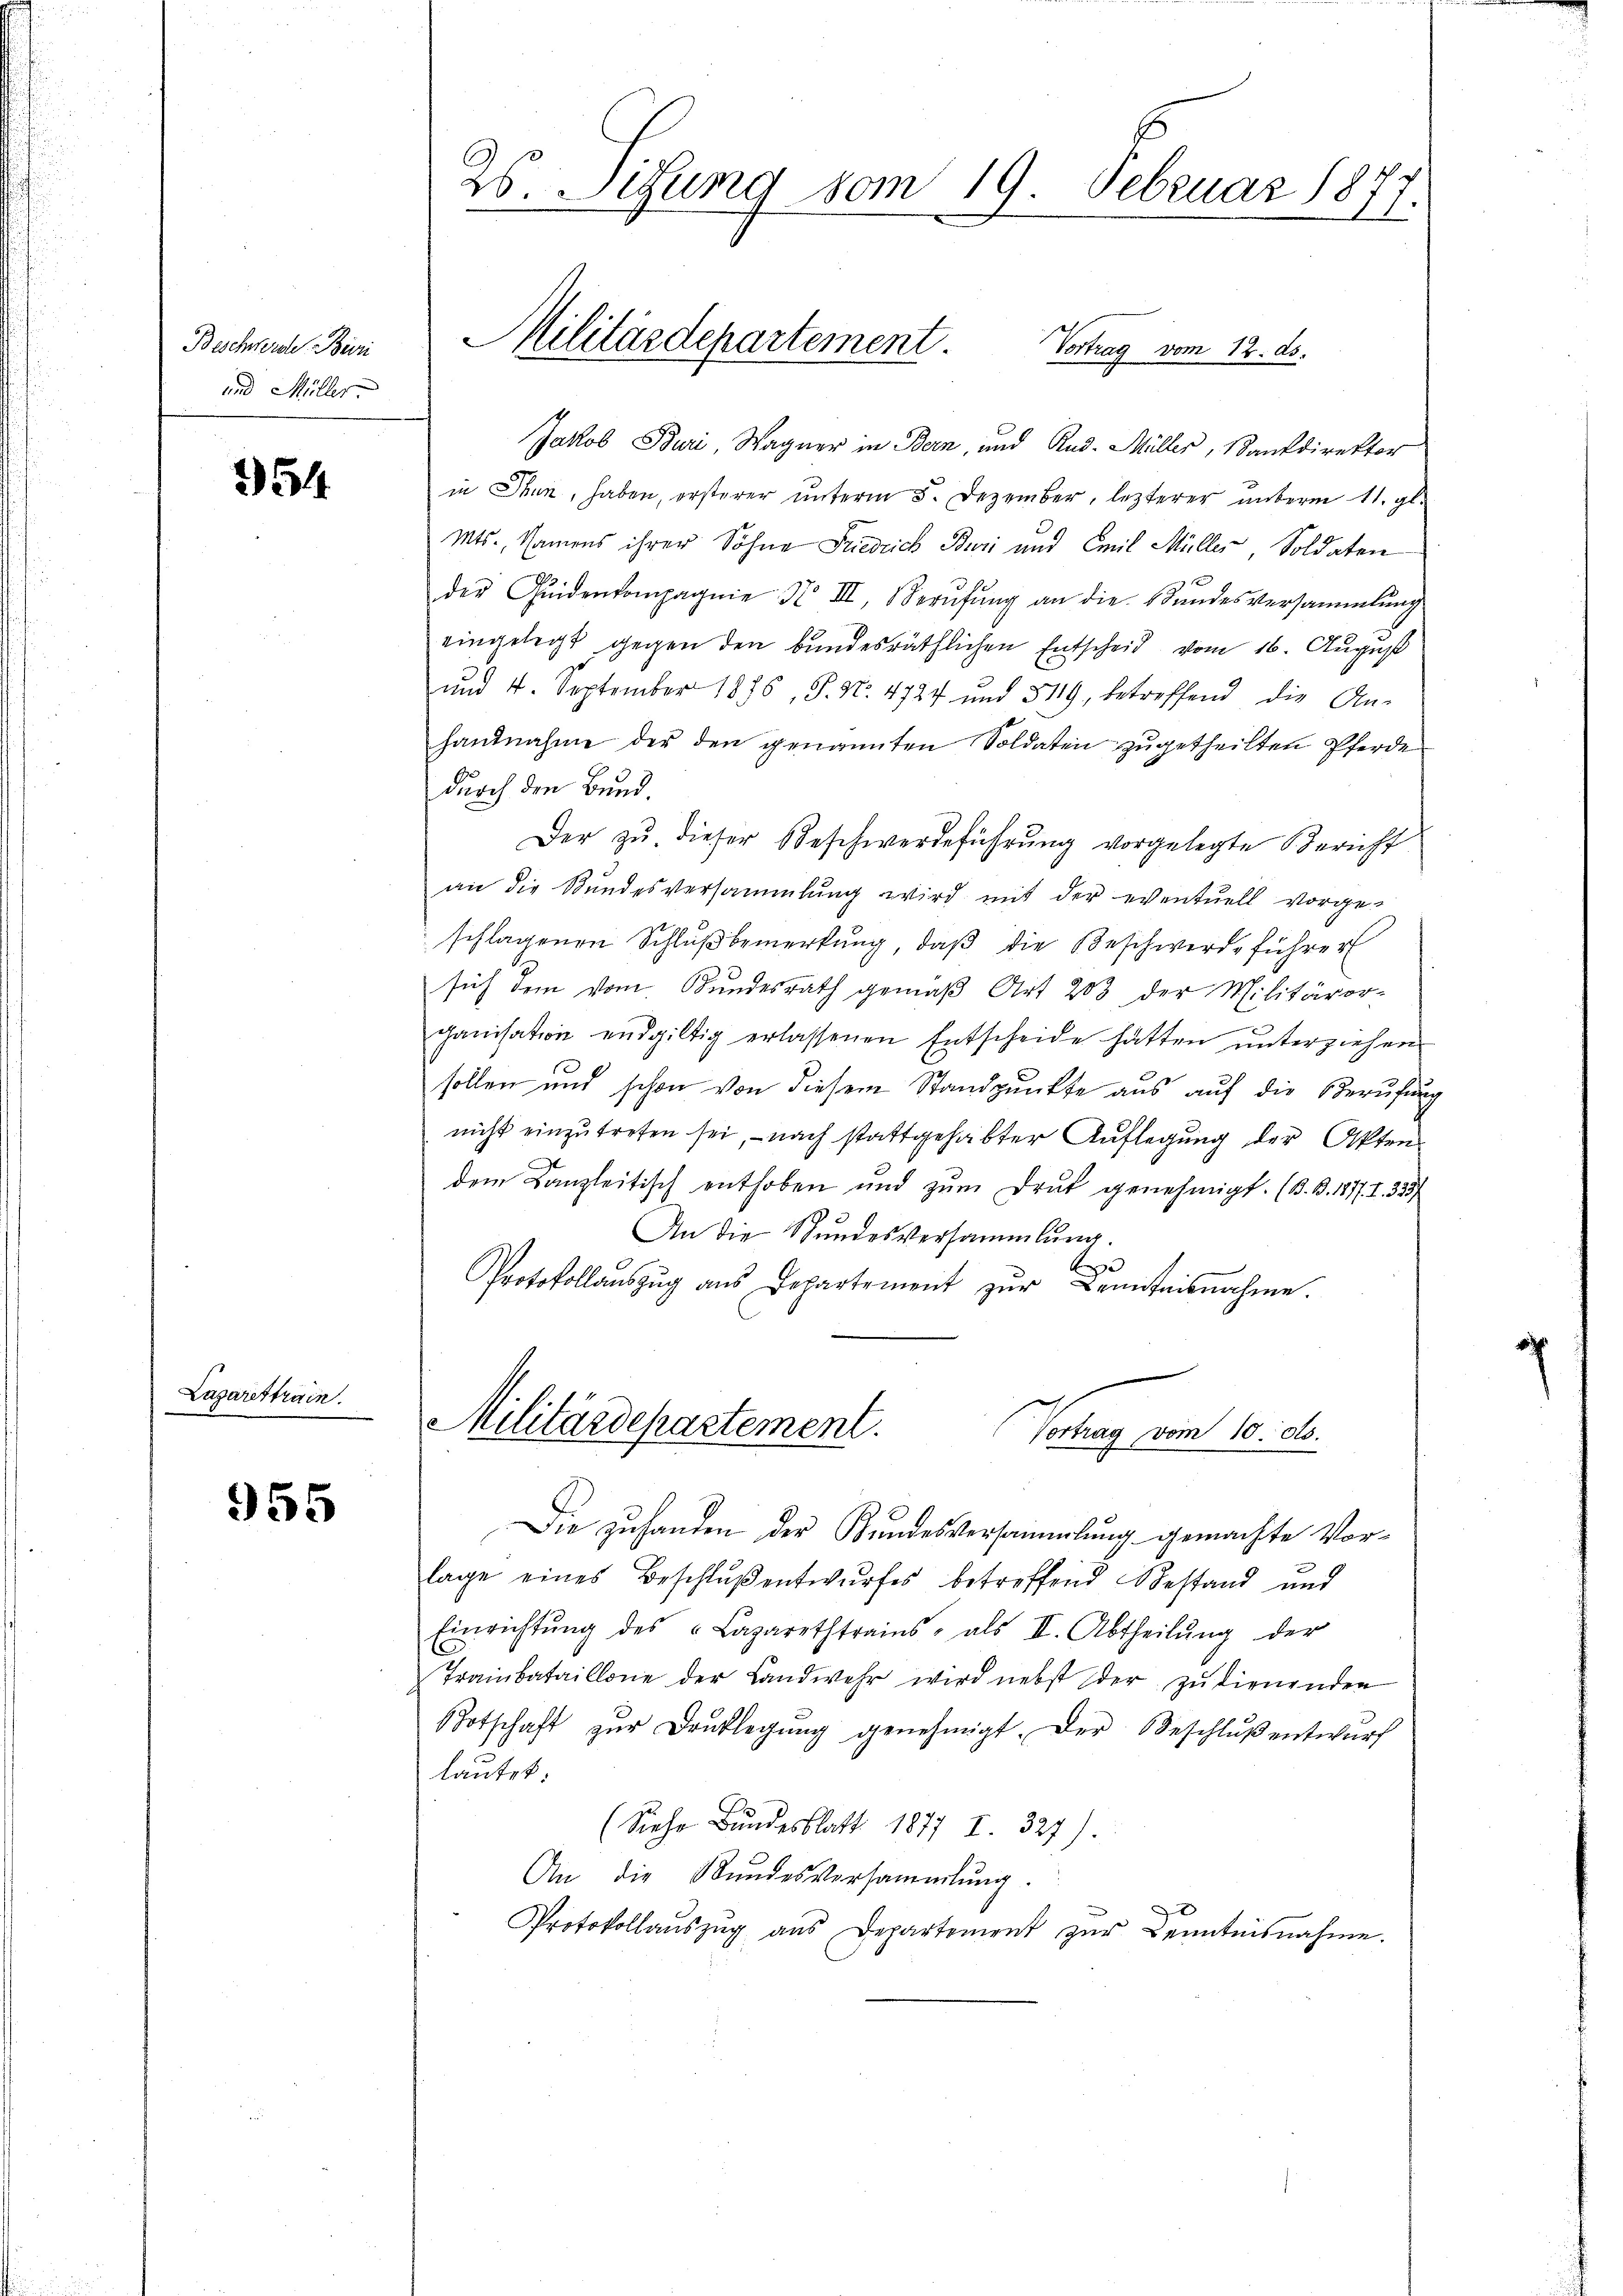
Beschwerde Beri
und Müller

354

Lazarettrain.

955

Jakob Buri, Wagner in Bern, und Rud. Müller, Bankdirektor
in Thun, haben, ersterer ŭnterm 5. Dezember, lezterer ŭnterm 11. gl.
Mts., Namens ihrer Sohne Friedrich Buri und Emil Müller, Soldaten
der Quidenkompagnie 3 III, Berŭfŭng an die Bundesversammlung
eingelegt gegen den bundesräthlichen Entscheid vom 16. August
und 4. September 1886, P. Nr. 4727 und 319, betreffend die An-
handnahme der den genannten Soldaten zugetheilten Pferde
durch den Bund.
Der zŭ dieser Beschwerdeführŭng vorgelegte Bericht
an die Stundesversammlung wird mit der eventuell vorge-
schlagenen Schluß bemerkung, daß die Beschwerde führer
sich dem vom Bundesrath gemäß Art 203 der Militäror-
ganisation endgiltig erlassenen Entscheide hatten ŭnterziehen.
sollen und schon von diesem Standpunkte aus auf die Berufung
nicht einzŭtreten sei, nach stattgehabter Auflegung der Akten
dem Kanzleitisch enthoben und zum Druk genehmigt. (B. B. 1877. I. 323)
An die Stundesversammlung.
e
Protokollaŭszŭg ans Departement zŭr Benntnisnahme.

26. Setzung vom 19. Februar 1877.

Militärdepartement.
Vortrag vom 12. ds.

Militärdepartement.
Vortrag vom 10. ds.

Die zuhanden der Bundesversammlung gemachte Vor-
lage eines Beschluß entwurfes betreffend bestand und
Einrichtŭng des Lazarethtrains, als II. Abtheilŭng der
Trainbataillone der Landwehr wird nebst der zu dienenden
Botschaft zŭr Brŭklegŭng genehmigt. Der Beschlŭβ entwurf
lautet:
(Siehe Bundesblatt 1877 I. 327).
An die Bundesversammlung.
Protokollaŭszŭg aŭs Departement zŭr Kenntnisnahme.